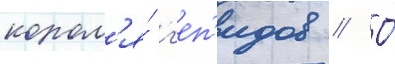
корол'я́ г'еп'идов // О́